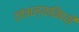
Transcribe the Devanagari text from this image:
लाभल्याविषयी